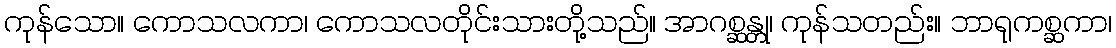
ကုန်သော။ ကောသလကာ၊ ကောသလတိုင်းသားတို့သည်။ အာဂစ္ဆန္တု၊ ကုန်သတည်း။ ဘာရုကစ္ဆကာ၊